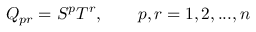
Q _ { p r } = S ^ { p } T ^ { r } , \qquad p , r = 1 , 2 , . . . , n